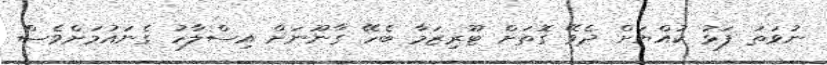
ނުވަތަ ފަޅު ކުއްޔަށް ދެވޭ ގޮތަށް ޓޫރިޒަމާ ބެހޭ ގާނޫނަށް އިސްލާހު ގެނައުމަށްވެސް